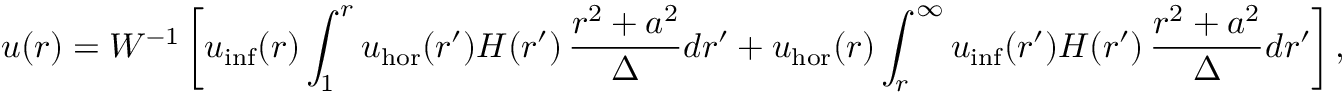
u ( r ) = W ^ { - 1 } \left[ u _ { \mathrm { i n f } } ( r ) \int _ { 1 } ^ { r } u _ { \mathrm { h o r } } ( r ^ { \prime } ) H ( r ^ { \prime } ) \, \frac { r ^ { 2 } + a ^ { 2 } } { \Delta } d r ^ { \prime } + u _ { \mathrm { h o r } } ( r ) \int _ { r } ^ { \infty } u _ { \mathrm { i n f } } ( r ^ { \prime } ) H ( r ^ { \prime } ) \, \frac { r ^ { 2 } + a ^ { 2 } } { \Delta } d r ^ { \prime } \right] ,